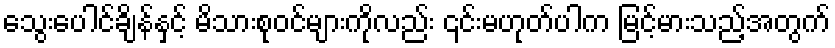
သွေးပေါင်ချိန်နှင့် မိသားစုဝင်များကိုလည်း ၎င်းမဟုတ်ပါက မြင့်မားသည့်အတွက်